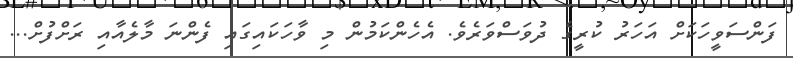
ފަންސަވީހަކަށް އަހަރު ކުރީގެ ދުވަސްވަރެވެ. އެހެންކަމުން މި ވާހަކައިގައި ފެންނަ މާލެއާއި ރަށްފުށް...